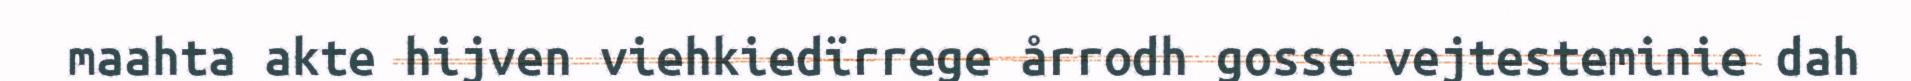
maahta akte hijven viehkiedïrrege årrodh gosse vejtesteminie dah